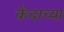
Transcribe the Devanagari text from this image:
केंदाच्या